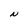
Character: N